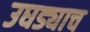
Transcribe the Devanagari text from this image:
उघड्याच